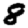
Digit: 8